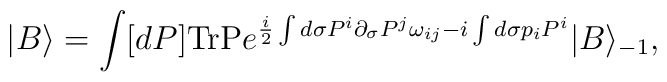
|B\rangle =\int [dP]\mbox{TrP}e^{\frac{i}{2}\int d\sigma P^i\partial_\sigma P^j\omega_{ij}-i\int d\sigma p_iP^i}|B\rangle_{-1},